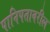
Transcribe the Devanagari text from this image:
पानिपतावरील